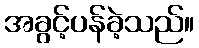
အခွင့်ပန်ခဲ့သည်။